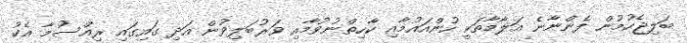
ބަލިޖެހުމުން ފެންނާނެ އަލާމާތަކީ ހުންއައުމާއި ކާހިތްނުވުމާއި ވަރުބަލިވުން އަދި ގައިގައި ރިއްސުމާ އެކު